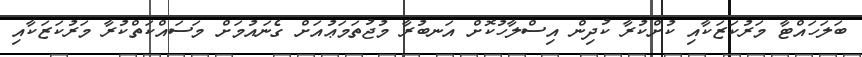
ބަލަހައްޓާ މަރުކަޒަކާއި ކުށްކުރާ ކުދިން އިސްލާހުކޮށް އަނބުރާ މުޖުތަމަޢުއަށް ގެނައުމަށް މަސައްކަތްކުރާ މަރުކަޒަކާއި